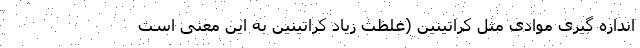
اندازه گیری موادی مثل کراتینین (غلظت زیاد کراتینین به این معنی است